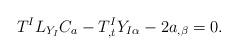
LaTeX: \begin{align*}T^{I}L_{Y_{I}}C_{a}-T_{,t}^{I}Y_{I\alpha }-2a_{,\beta }=0. \end{align*}